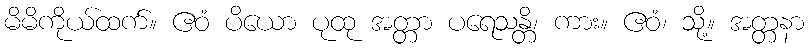
မိမိကိုယ်ထက်။ ဧဝံ ပိယော ပုထု အတ္တာ ပရေသန္တိ၊ ကား။ ဧဝံ၊ သို့။ အတ္တနာ